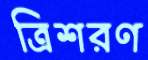
ত্রিশরণ